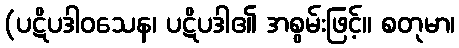
(ပဋိပဒါဝသေန၊ ပဋိပဒါ၏ အစွမ်းဖြင့်။ စတုမာ၊